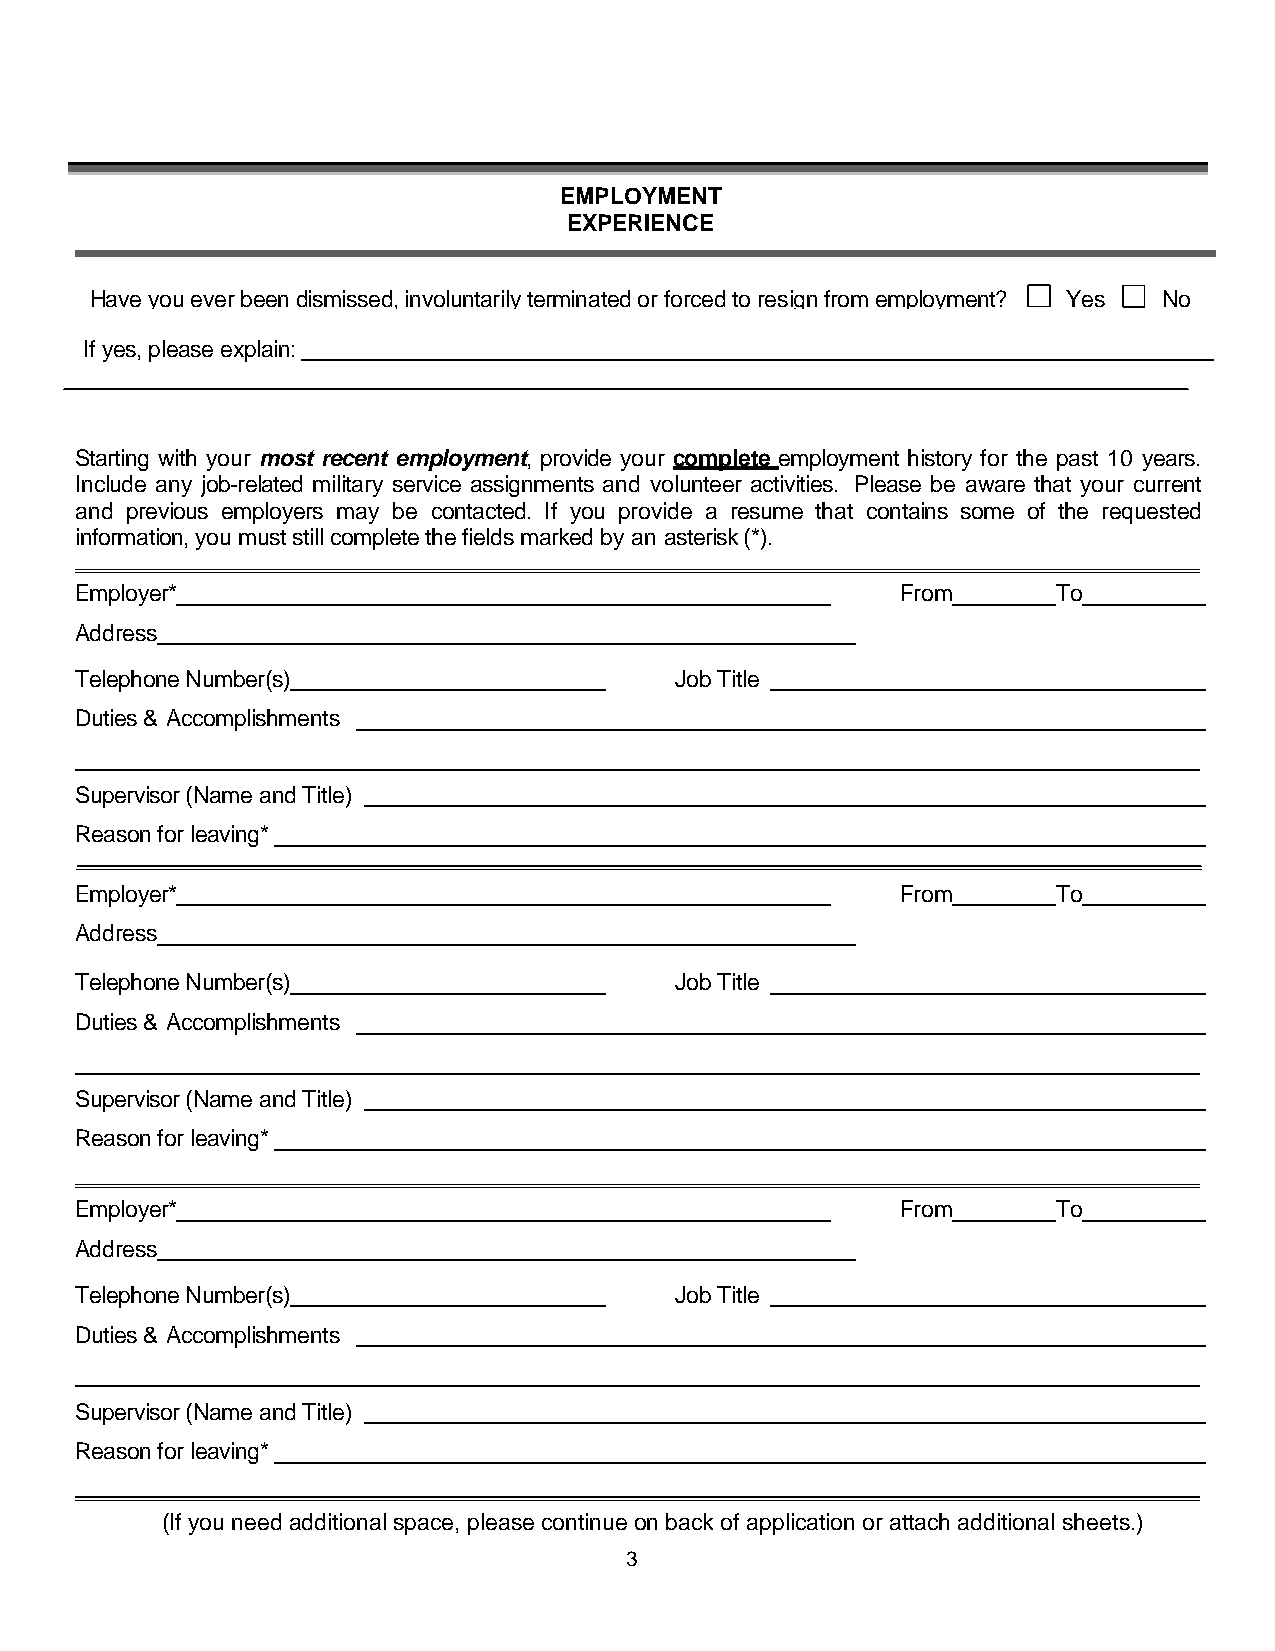
EMPLOYMENT
 EXPERIENCE
 Haveyoueverbeendismissed,involuntarilyterminatedor forcedtoresignfromemployment? Yes No
 If yes,pleaseexplain:
 Starting with your most recent employment, provide your complete employment history for the past 10 years.
 Include any job-related military service assignments and volunteer activities. Please be aware that your current
 and previous employers may be contacted. If you provide a resume that contains some of the requested
 information,youmuststillcompletethefieldsmarkedbyan asterisk(*).
 Employer*                                              From      To
 Address
 TelephoneNumber(s)                      JobTitle
 Duties& Accomplishments
 Supervisor(NameandTitle)
 Reasonfor leaving*
 Employer*                                              From      To
 Address
 TelephoneNumber(s)                      JobTitle
 Duties& Accomplishments
 Supervisor(NameandTitle)
 Reasonfor leaving*
 Employer*                                              From      To
 Address
 TelephoneNumber(s)                      JobTitle
 Duties& Accomplishments
 Supervisor(NameandTitle)
 Reasonfor leaving*
 (If you need additional space, pleasecontinueonback of application or attach additional sheets.)
 3